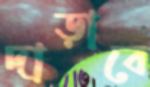
দাড়াবে